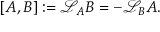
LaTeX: [ A , B ] : = { \mathcal { L } } _ { A } B = - { \mathcal { L } } _ { B } A .